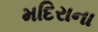
મદિરાના